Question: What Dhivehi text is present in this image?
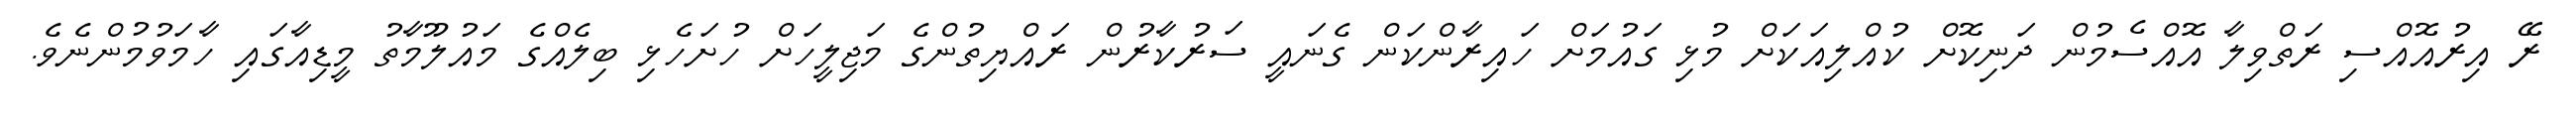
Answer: ރޭ އިރުއޮއްސި ރަތްވިލާ އޮއްސެމުން ދަނިކޮށް ކުއްލިއަކަށް މުޅި ގައުމަށް ހައިރާންކަން ގެނައީ ސަރުކާރުން ރައްޔިތުންގެ މަޖިލީހަށް ހުށަހެޅި ބިލެއްގެ މައުލޫމާތު މީޑިއާގައި ހާމަވުމުންނެވެ.